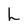
Character: L